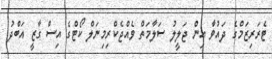
ޓެރަރިޒަމްގެ ދައުވާ އިން ޖަލީލު ސަލާމަތް ވެއްޖެކްރިމިނަލް ކޯޓްގެ އިސް ގާޒީ އަބްދު